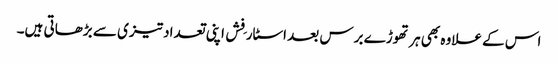
اس کے علاوہ بھی ہر تھوڑے برس بعد اسٹار فِش اپنی تعداد تیزی سے بڑھاتی ہیں۔